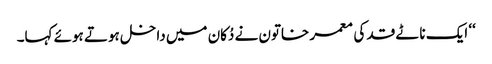
‘‘ ایک ناٹے قد کی معمر خاتون نے دُکان میں داخل ہوتے ہوئے کہا۔